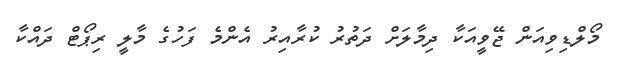
މޯލްޑިވިއަން ޖޭވީއަކާ ދިމާލަށް ދަތުރު ކުރާއިރު އެންމެ ފަހުގެ މާލީ ރިޕޯޓް ދައްކާ